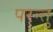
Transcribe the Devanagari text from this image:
परन्तु